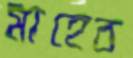
মাহেব